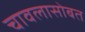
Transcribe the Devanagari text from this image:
चावलासोबत